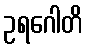
ဥရဂေါတိ